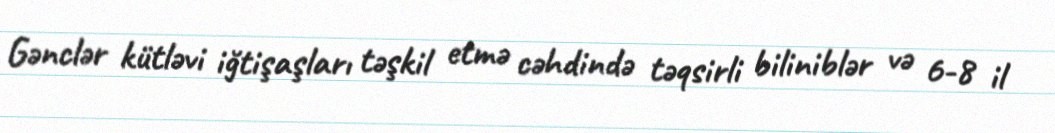
Gənclər kütləvi iğtişaşları təşkil etmə cəhdində təqsirli biliniblər və 6-8 il